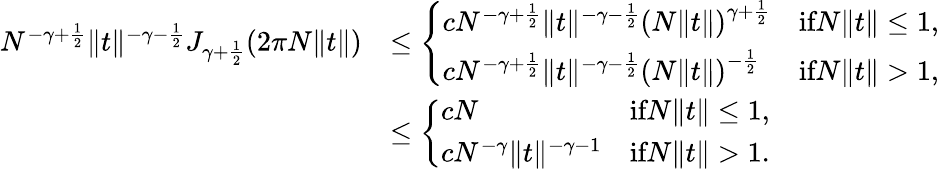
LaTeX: \begin{array}{rl}{N^{-\gamma+\frac{1}{2}}\| t\| ^{-\gamma-\frac{1}{2}}J_{\gamma+\frac{1}{2}}(2\pi N\| t\| )}&{\leq\left\{ \begin{array}{ll}{cN^{-\gamma+\frac{1}{2}}\| t\| ^{-\gamma-\frac{1}{2}}\left(N\| t\| \right)^{\gamma+\frac{1}{2}}}&{\textrm{if}N\| t\| \leq 1,}\\ {cN^{-\gamma+\frac{1}{2}}\| t\| ^{-\gamma-\frac{1}{2}}\left(N\| t\| \right)^{-\frac{1}{2}}}&{\textrm{if}N\| t\| >1,}\end{array}\right.}\\ &{\leq\left\{ \begin{array}{ll}{cN}&{\textrm{if}N\| t\| \leq 1,}\\ {cN^{-\gamma}\| t\| ^{-\gamma-1}}&{\textrm{if}N\| t\| >1.}\end{array}\right.}\end{array}